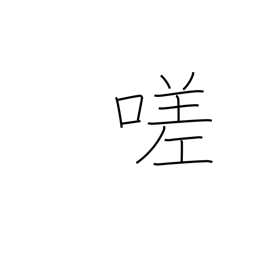
Meaning: ah